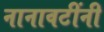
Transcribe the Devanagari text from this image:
नानावटींनी